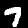
Label: 7